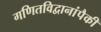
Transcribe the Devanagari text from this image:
गणितविद्वानांपैकी